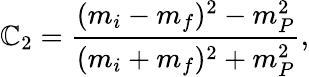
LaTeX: \mathbb{C}_{2}=\frac{{(m_{i}-m_{f})^{2}-m_{P}^{2}}}{{(m_{i}+m_{f})^{2}+m_{P}^{2}}},